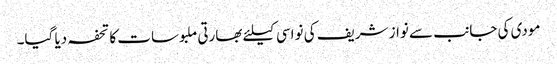
مودی کی جانب سے نواز شریف کی نواسی کیلئے بھارتی ملبوسات کا تحفہ دیا گیا۔